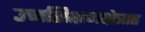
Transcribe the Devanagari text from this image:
उच्चशिक्षणक्षेत्रात